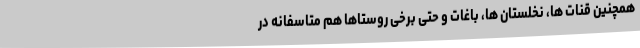
همچنین قنات ها، نخلستان ها، باغات و حتی برخی روستاها هم متاسفانه در